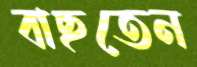
বাছতেন